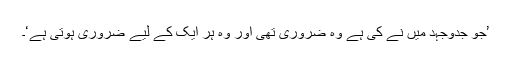
’جو جدوجہد میں نے کی ہے وہ ضروری تھی اور وہ ہر ایک کے لیے ضروری ہوتی ہے‘۔